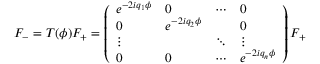
F _ { - } = T ( \phi ) F _ { + } = \left( \begin{array} { l l l l } { { e ^ { - 2 i q _ { 1 } \phi } } } & { { 0 } } & { { \cdots } } & { { 0 } } \\ { { 0 } } & { { e ^ { - 2 i q _ { 2 } \phi } } } & { { } } & { { 0 } } \\ { { \vdots } } & { { } } & { { \ddots } } & { { \vdots } } \\ { { 0 } } & { { 0 } } & { { \cdots } } & { { e ^ { - 2 i q _ { n } \phi } } } \end{array} \right) F _ { + }